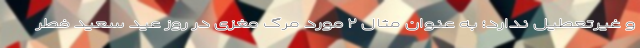
و غیرتعطیل ندارد؛ به عنوان مثال ۲ مورد مرگ مغزی در روز عید سعید فطر